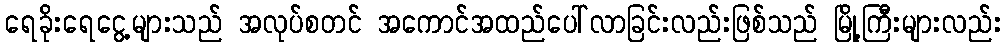
ရေခိုးရေငွေ့များသည် အလုပ်စတင် အကောင်အထည်ပေါ်လာခြင်းလည်းဖြစ်သည် မြို့ကြီးများလည်း